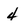
Character: 4